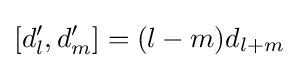
[d'_{l},d'_{m}]=(l-m)d_{l+m}